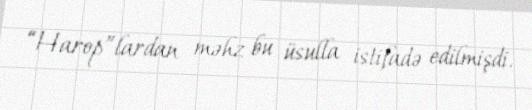
“Harop”lardan məhz bu üsulla istifadə edilmişdi.